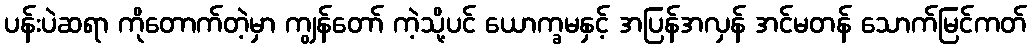
ပန်းပဲဆရာ ကိုတောက်တဲ့မှာ ကျွန်တော် ကဲ့သို့ပင် ယောက္ခမနှင့် အပြန်အလှန် အင်မတန် သောက်မြင်ကတ်